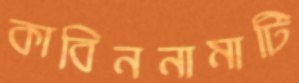
কাবিননামাটি